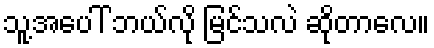
သူ့အပေါ် ဘယ်လို မြင်သလဲ ဆိုတာလေ။